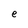
Character: e